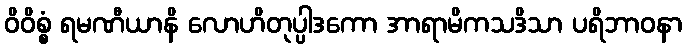
ဝိဝိစ္စံ ရမဏီယာနိ လောဟိတုပ္ပါဒကော အာရာမိကသဒိသာ ပရိဘာဝနာ